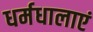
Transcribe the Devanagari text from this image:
धर्मधालाएं